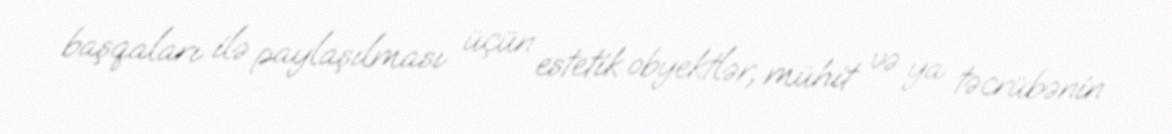
başqaları ilə paylaşılması üçün estetik obyektlər, mühit və ya təcrübənin